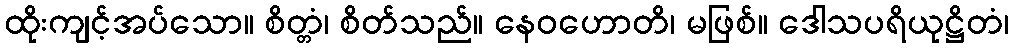
ထိုးကျင့်အပ်သော။ စိတ္တံ၊ စိတ်သည်။ နေဝဟောတိ၊ မဖြစ်။ ဒေါသပရိယုဋ္ဌိတံ၊